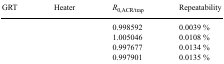
<table><thead><tr><td><b>GRT</b></td><td><b>Heater</b></td><td><b><i>R</i><sub>0,ACR/trap</sub></b></td><td><b>Repeatability</b></td></tr></thead><tbody><tr><td>[EMPTY_CELL]</td><td>[EMPTY_CELL]</td><td>0.998592</td><td>0.0039 %</td></tr><tr><td>[EMPTY_CELL]</td><td>[EMPTY_CELL]</td><td>1.005046</td><td>0.0108 %</td></tr><tr><td>[EMPTY_CELL]</td><td>[EMPTY_CELL]</td><td>0.997677</td><td>0.0134 %</td></tr><tr><td>[EMPTY_CELL]</td><td>[EMPTY_CELL]</td><td>0.997901</td><td>0.0135 %</td></tr></tbody></table>